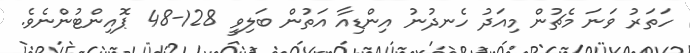
ހަތަރު ވަނަ މެޗުން މިއަދު ހެނދުނު އިންޑިއާ އަތުން ބަލިވީ 128-48 ޕޮއިންޓުންނެވެ.